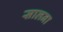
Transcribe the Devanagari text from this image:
सालना